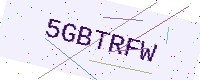
Text: 5GBTRFW